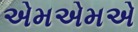
એમએમએ